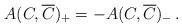
LaTeX: \begin{align*}A(C, \overline{C})_+ = - A(C,\overline{C})_-\, .\end{align*}